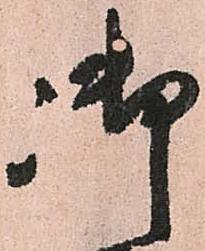
御